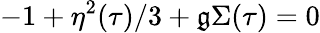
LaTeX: -1+\eta^{2}(\tau)/3+\mathfrak{g}\Sigma(\tau)=0